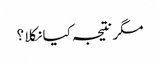
مگر نتیجہ کیا نکلا ؟